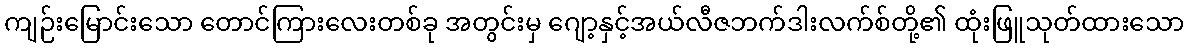
ကျဉ်းမြောင်းသော တောင်ကြားလေးတစ်ခု အတွင်းမှ ဂျော့နှင့်အယ်လီဇဘက်ဒါးလက်စ်တို့၏ ထုံးဖြူသုတ်ထားသော